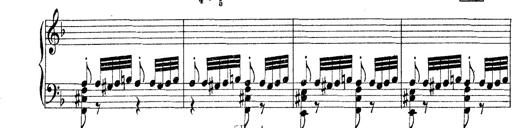
Title: Rapsodie: 19 ungheresi, 1 spagnuola
Composer: Franz Liszt